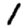
Digit: 1